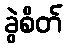
ခွဲစိတ်